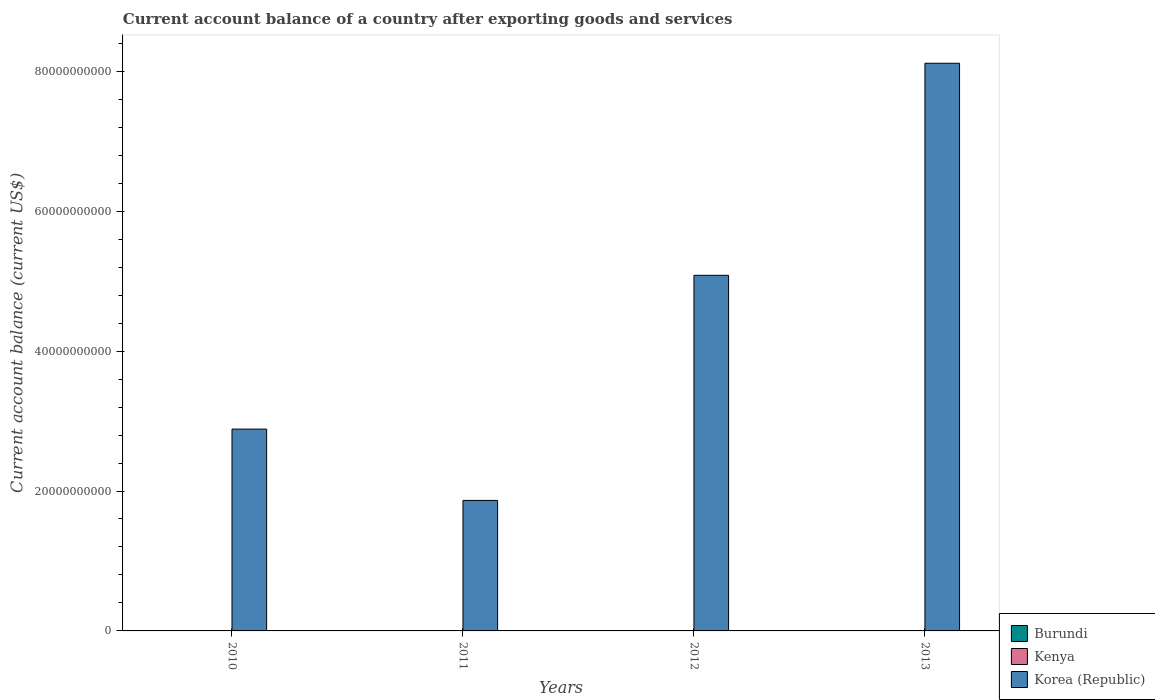
| Years | Burundi | Kenya | Korea (Republic) |
 | --- | --- | --- | --- |
 | 2010 | -3.01e+08 | -2.37e+09 | 2.89e+10 |
 | 2011 | -2.84e+08 | -3.83e+09 | 1.87e+10 |
 | 2012 | -2.55e+08 | -4.26e+09 | 5.08e+10 |
 | 2013 | -2.53e+08 | -4.87e+09 | 8.11e+10 |